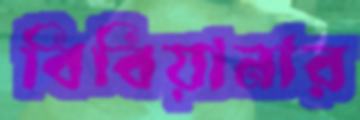
বিবিয়ানার